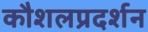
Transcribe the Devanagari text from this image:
कौशलप्रदर्शन